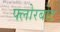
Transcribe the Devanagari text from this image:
फ्लोरबोट